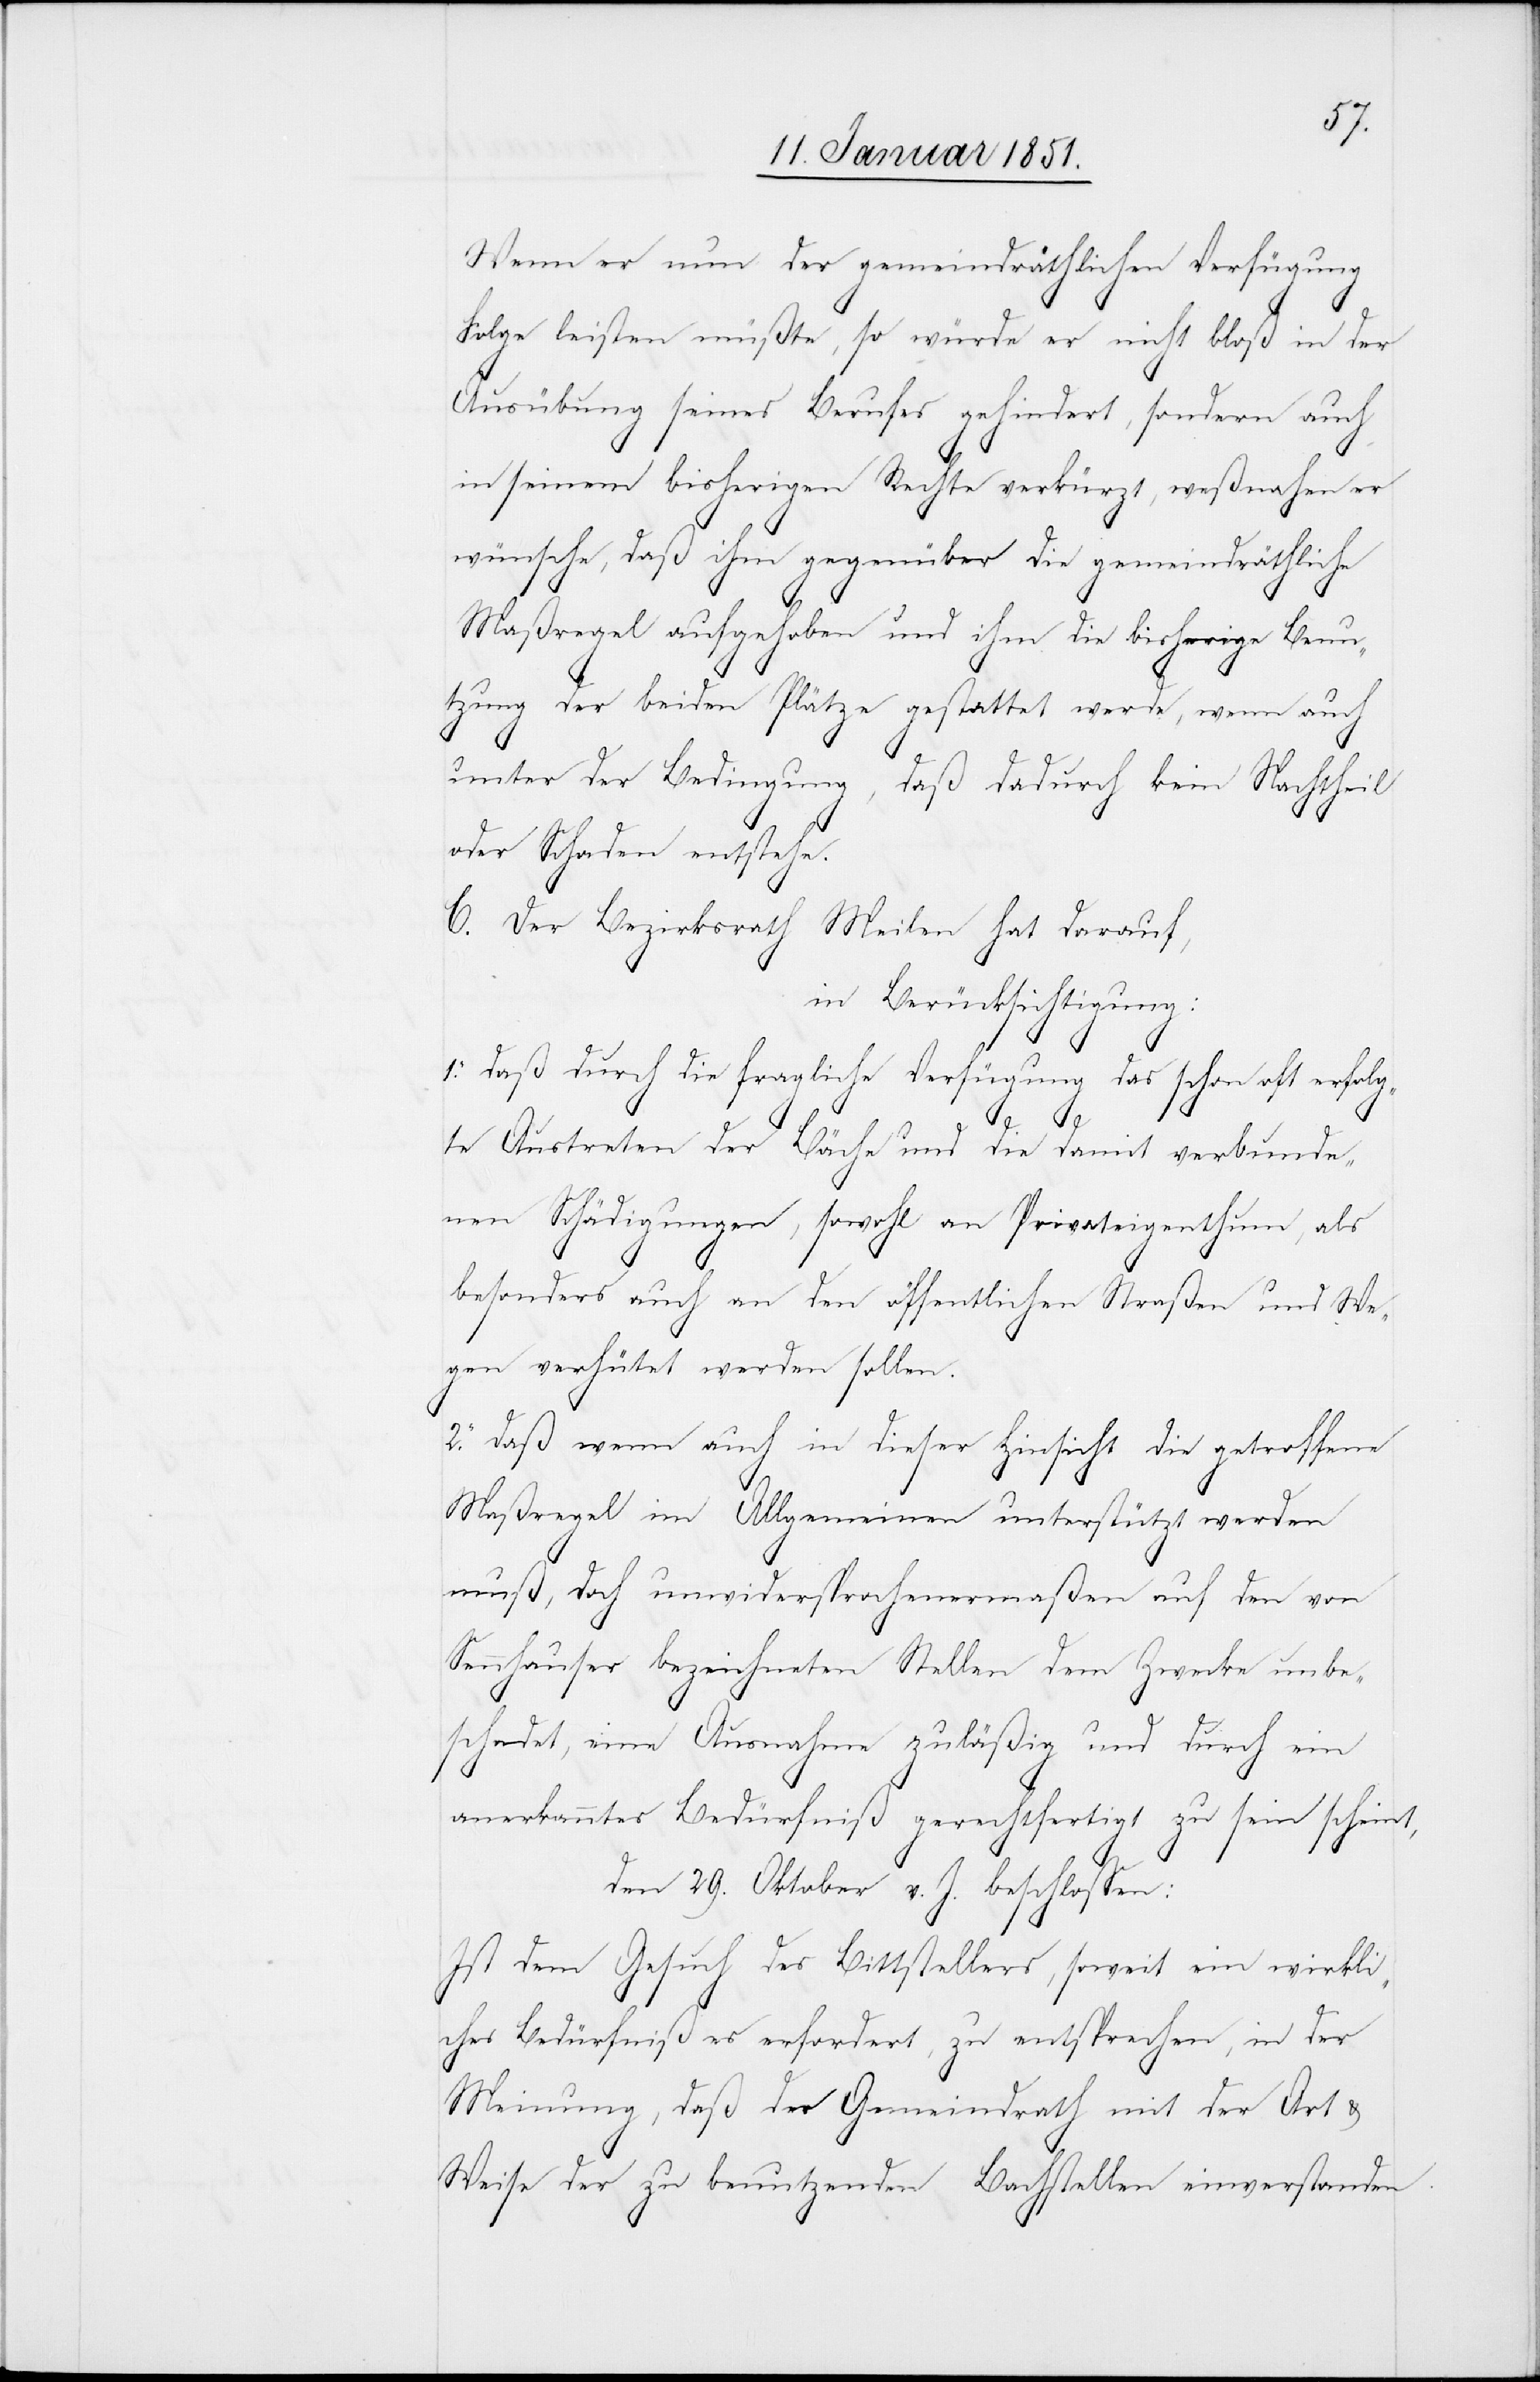
Wenn er nun der gemeindräthlichen Verfügung
Folge leisten müßte, so würde er nicht bloß in der
Ausübung seines Berufes gehindert, sondern auch
in seinem bisherigen Rechte verkürzt, weßnahen er
wünsche, daß ihm gegenüber die gemeindräthliche
Maßregel aufgehoben und ihm die bisherige Benu¬
tzung der beiden Plätze gestattet werde, wenn auch
unter der Bedingung, daß dadurch kein Nachtheil
oder Schaden entstehe.
C. Der Bezirksrath Meilen hat darauf,
in Berücksichtigung:
1. daß durch die fragliche Verfügung das schon oft erfolg¬
te Austreten der Bäche und die damit verbunde¬
nen Schädigungen, sowohl an Privateigenthum, als
besonders auch an den öffentlichen Straßen und We¬
gen verhütet werden sollen.
2. Daß wenn auch in dieser Hinsicht die getroffene
Maßregel im Allgemeinen unterstützt werden
muß, doch unwidersprochenermaßen auf den von
Sennhauser bezeichneten Stellen dem Zwecke unbe¬
schadet, eine Ausnahme zuläßig und durch ein
anerkanntes Bedürfniß gerechtfertigt zu sein scheint,
den 29. Oktober v. J. beschlossen:
Ist dem Gesuch des Bittstellers, soweit ein wirkli¬
ches Bedürfniß es erfordert, zu entsprechen, in der
Meinung, daß der Gemeindrath mit der Art &
Weise der zu benutzenden Bachstellen einverstanden